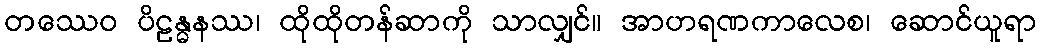
တဿေဝ ပိဠန္ဓနဿ၊ ထိုထိုတန်ဆာကို သာလျှင်။ အာဟရဏကာလေစ၊ ဆောင်ယူရာ